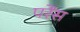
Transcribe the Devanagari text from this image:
परेंस